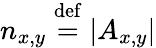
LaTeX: n_{x,y}\stackrel{\mathrm{def}}{=}\lvert A_{x,y}\rvert